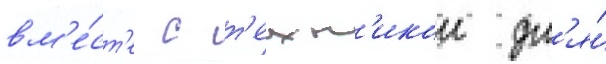
вм'е́ст'е с т'ехн'икои дл'я́